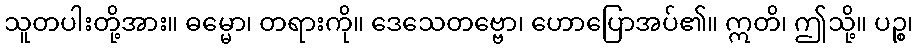
သူတပါးတို့အား။ ဓမ္မော၊ တရားကို။ ဒေသေတဗ္ဗော၊ ဟောပြောအပ်၏။ ဣတိ၊ ဤသို့။ ပဉ္စ၊